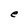
Character: e